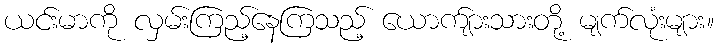
ယင်းမာကို လှမ်းကြည့်နေကြသည့် ယောက်ျားသားတို့ မျက်လုံးများ။